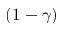
( 1 - \gamma )